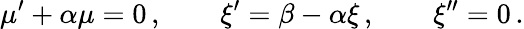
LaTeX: \mu^{\prime}+\alpha\mu=0\, ,\qquad\xi^{\prime}=\beta-\alpha\xi\, ,\qquad\xi^{\prime\prime}=0\, .